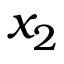
x _ { 2 }